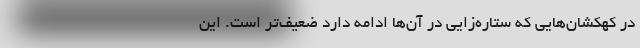
در کهکشان‌هایی که ستاره‌زایی در آن‌ها ادامه دارد ضعیف‌تر است. این